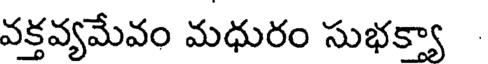
వక్తవ్యమేవం మధురం సుభక్యా